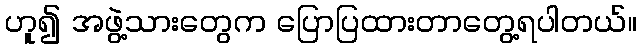
ဟူ၍ အဖွဲ့သားတွေက ပြောပြထားတာတွေ့ရပါတယ်။